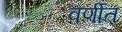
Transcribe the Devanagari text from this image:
वर्णीत